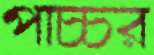
পাচ্চর